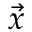
\Vec { x }